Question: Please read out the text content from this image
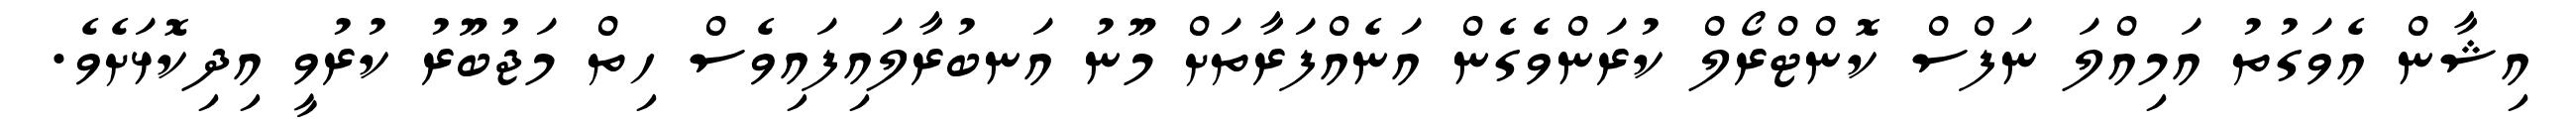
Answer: އިޝާން އެވަގުތު އަމިއްލަ ނަފްސް ކޮންޓްރޯލް ކުރަންވެގެން އަނެއްފަރާތަށް މޫނު އަނބުރާލައިފައިވެސް ހިތް މަޖުބޫރު ކުރުވީ އިދިކޮޅަށެވެ.